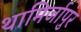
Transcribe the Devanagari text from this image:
थामिर्जापुर